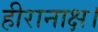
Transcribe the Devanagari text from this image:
हीरानाक्ष।